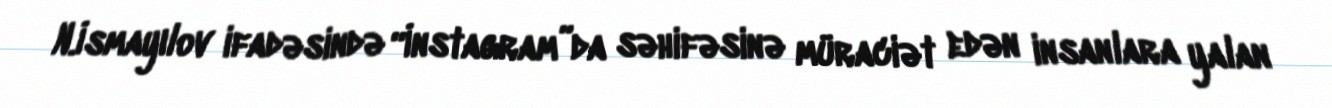
N.İsmayılov ifadəsində “İnstagram”da səhifəsinə müraciət edən insanlara yalan